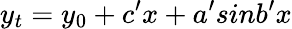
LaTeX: y_{t}=y_{0}+c^{\prime}x+a^{\prime}sinb^{\prime}x